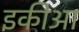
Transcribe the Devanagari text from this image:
इकीआ